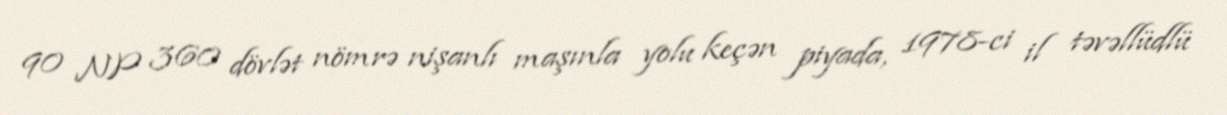
90 NP 360 dövlət nömrə nişanlı maşınla yolu keçən piyada, 1978-ci il təvəllüdlü